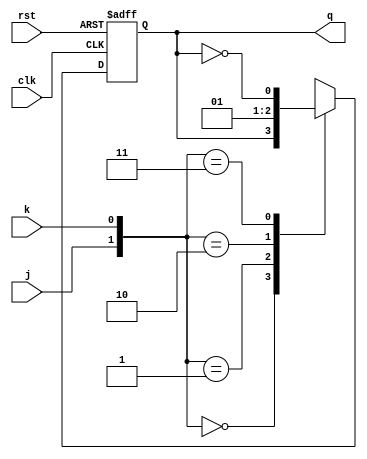
module jk_ff(j,k,clk,q,rst);
    input j,k,clk,rst;
    output reg q;
    
  always@(posedge clk or posedge rst )//asynchronous reset
    begin
        if (rst)
            q = 0;
        else
        begin
          case({j,k})
                2'b00: q = q;
                2'b01: q = 0;
                2'b10: q = 1;
                2'b11: q = ~q;
            endcase
        end
    end
    
endmodule